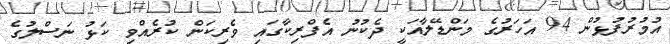
އުމުރުފުޅުން 94 އަހަރުގެ މަންޑޭލާއަކީ ދެކުނު އެފްރިކާގައި ވެރިކަން ކުރެއްވި ކަޅު ނަސްލުގެ